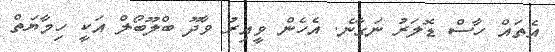
އެތައް ހާސް ޑޮލަރު ނަގާނެ. އެހެން ވީއިރު ވާދޫ ބްލޫބޯލް އަކީ ހިމާޔަތް